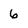
Character: 6